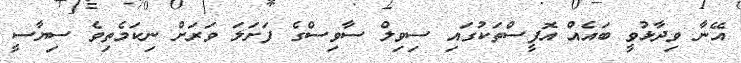
އޭނާ ވިދާޅުވީ ބައެއް އޮފީސްތަކުގައި ސިވިލް ސާވިސްގެ ފަށަލަ ވަރަށް ނިކަމެތިވެ ސިޔާސީ